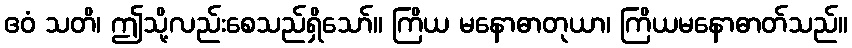
ဧဝံ သတိ၊ ဤသို့လည်းစေသည်ရှိသော်။ ကြိယ မနောဓာတုယာ၊ ကြိယမနောဓာတ်သည်။